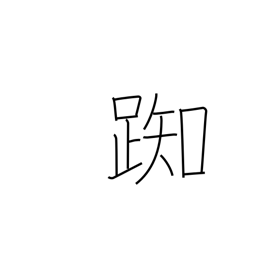
Meaning: hesitate